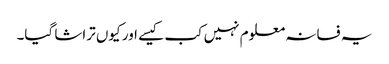
یہ فسانہ معلوم نہیں کب کیسے اور کیوں تراشا گیا۔